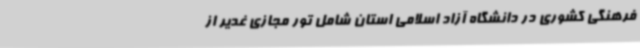
فرهنگی کشوری در دانشگاه آزاد اسلامی استان شامل تور مجازی غدیر از